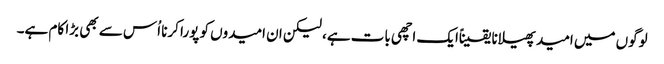
لوگوں میں امید پھیلانا یقیناًایک اچھی بات ہے، لیکن ان امیدوں کو پورا کرنا اُس سے بھی بڑا کام ہے۔